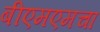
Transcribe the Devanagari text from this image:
बीएमएमचा